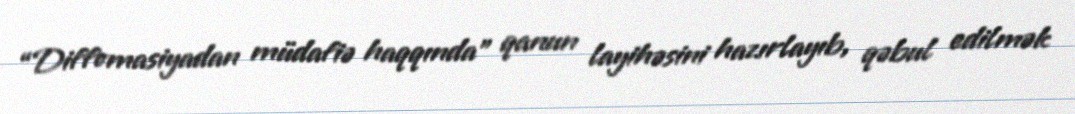
“Diffomasiyadan müdafiə haqqında” qanun layihəsini hazırlayıb, qəbul edilmək